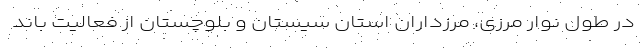
در طول نوار مرزی، مرزداران استان سیستان و بلوچستان از فعالیت باند